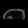
Digit: ၈